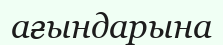
ағындарына